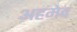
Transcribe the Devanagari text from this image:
अहमेव